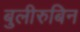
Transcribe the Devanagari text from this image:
बुलीरुबिन